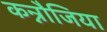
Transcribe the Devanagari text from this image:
कन्नौजिया